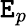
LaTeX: \mathtt{E}_{p}